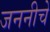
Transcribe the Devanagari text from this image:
जननीचे